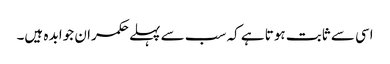
اسی سے ثابت ہوتا ہے کہ سب سے پہلے حکمران جوابد ہ ہیں۔